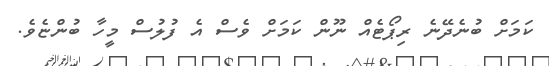
ކަމަށް ބުނެދޭނެ ރިޕޯޓެއް ނޫން ކަމަށް ވެސް އެ ފުލުސް މީހާ ބުންޏެވެ.